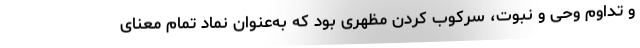
و تداوم وحی و نبوت، سرکوب کردن مظهری بود که به‌عنوان نماد تمام معنای